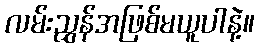
လမ်းညွှန်အဖြစ်မယူပါနဲ့။